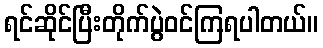
ရင်ဆိုင်ပြီးတိုက်ပွဲဝင်ကြရပါတယ်။